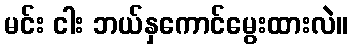
မင်း ငါး ဘယ်နှကောင်မွေးထားလဲ။